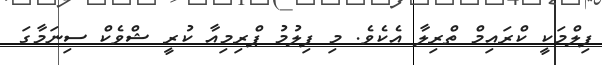
ފިލްމަކީ ކްރައިމް ތްރިލާ އެކެވެ. މި ފިލުމު ޕްރިމިއާ ކުރީ ޝްވެކް ސިނަމާގަ